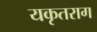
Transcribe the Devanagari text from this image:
यकृतराग